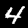
Digit: 4